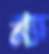
গ্ল্যা